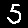
Digit: 5